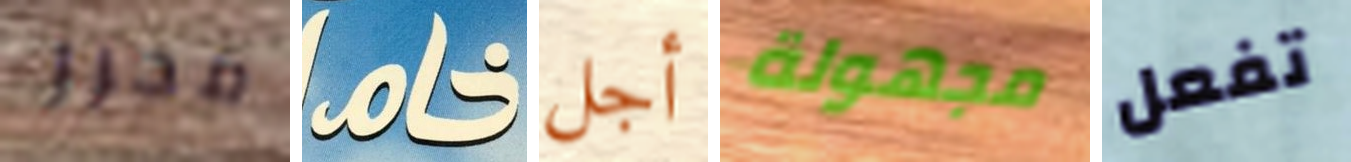
محرر خام أجل مجهولة تفعل